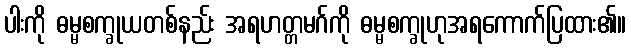
ပါးကို ဓမ္မစက္ခုယတစ်နည်း အရဟတ္တမဂ်ကို ဓမ္မစက္ခုဟုအရကောက်ပြထား၏။